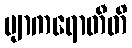
ဗျာကရောတီတိ